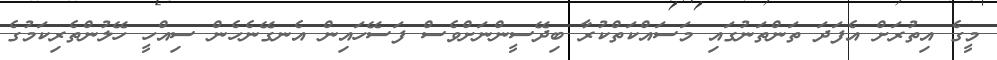
މީގެ އިތުރަށް އެފަދަ ތަންތަނުގައި މަސައްކަތްކުރާ ބިދޭސީންނަށްވެސް ފަސޭހައިން އެނގޭނެހެން ސިއްހީ ހޭލުންތެރިކަމުގެ